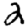
Digit: 2